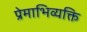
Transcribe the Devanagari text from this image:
प्रेमाभिव्यक्ति